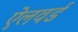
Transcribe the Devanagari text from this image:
ऐलवर्ड